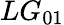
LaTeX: LG_{01}